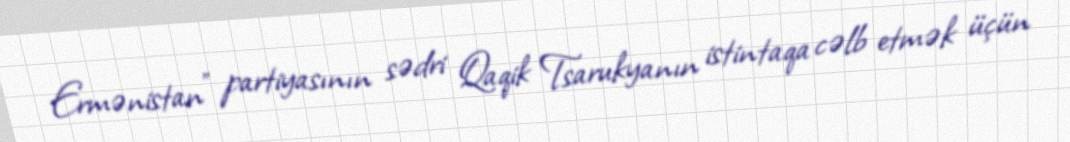
Ermənistan" partiyasının sədri Qaqik Tsarukyanın istintaqa cəlb etmək üçün